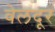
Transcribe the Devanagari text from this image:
वेलदूर